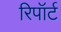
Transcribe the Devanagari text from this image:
रिपॉर्ट